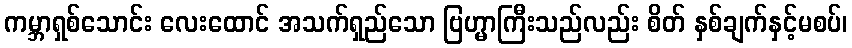
ကမ္ဘာရှစ်သောင်း လေးထောင် အသက်ရှည်သော ဗြဟ္မာကြီးသည်လည်း စိတ် နှစ်ချက်နှင့်မစပ်၊